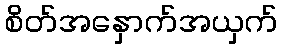
စိတ်အနှောက်အယှက်